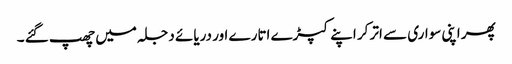
پھر اپنی سواری سے اتر کر اپنے کپڑے اتارے اور دریائے دجلہ میں چھپ گئے ۔